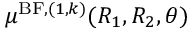
\mu ^ { \mathrm { B F } , ( 1 , k ) } ( R _ { 1 } , R _ { 2 } , \theta )